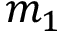
m _ { 1 }